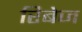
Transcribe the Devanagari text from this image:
रिबेज